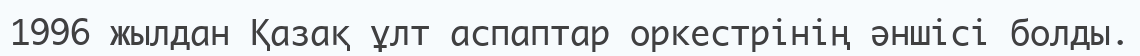
1996 жылдан Қазақ ұлт аспаптар оркестрінің әншісі болды.